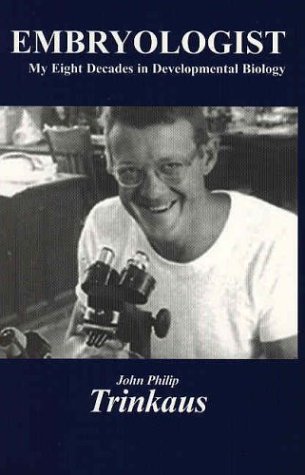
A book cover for Embryologist: My Eight Decades in Developmental Biology; John P. Trinkaus; Medical Books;